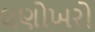
ઘણોખરો